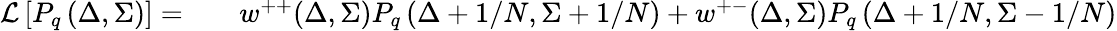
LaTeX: \begin{array}{rl}{{\cal L}\left[P_{q}\left(\Delta,\Sigma\right)\right]=}&{{}\quad w^{++}(\Delta,\Sigma)P_{q}\left(\Delta+1/N,\Sigma+1/N\right)+w^{+-}(\Delta,\Sigma)P_{q}\left(\Delta+1/N,\Sigma-1/N\right)}\end{array}